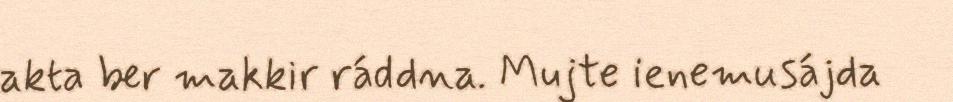
akta ber makkir ráddna. Mujte ienemusájda